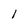
Character: I